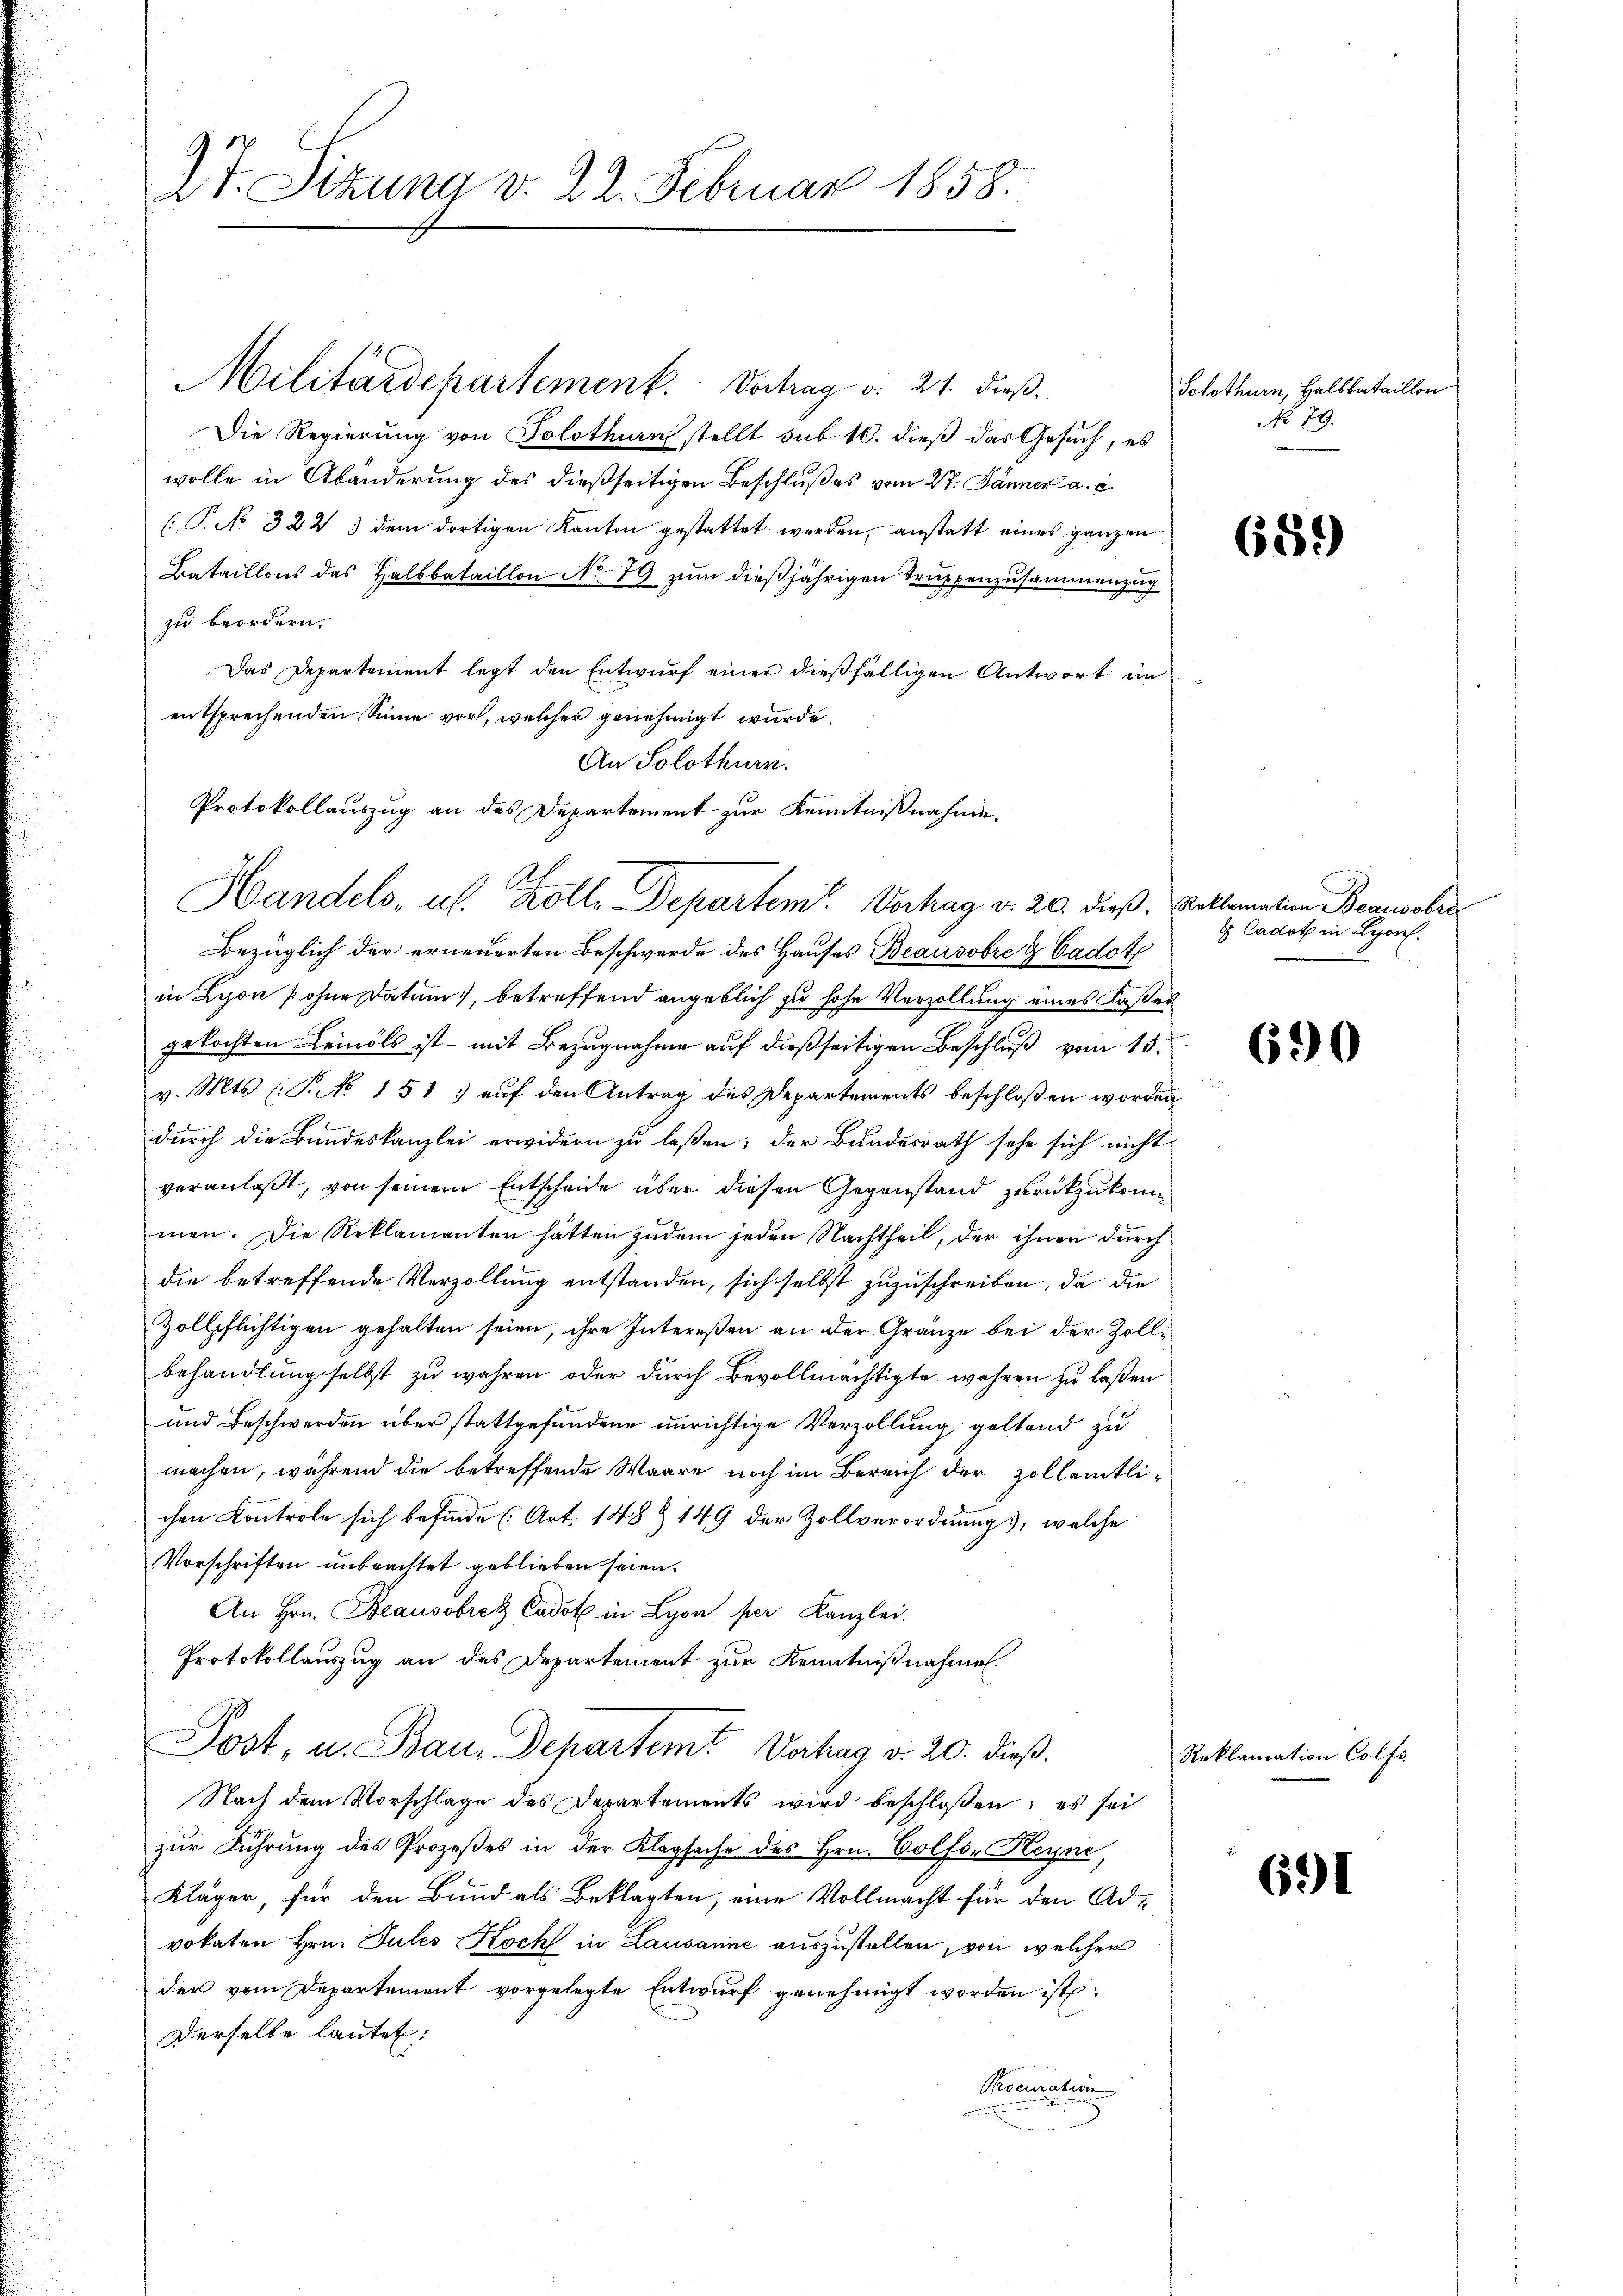
Zt. Sitzung d. 22. Februar 1858.

Militärdepartement. Vortrag v. 21. dieß
Die Regierung von Solothurn stellt sub 10. dieß das Gesuch, es
wolle in Abänderung des dießseitigen Beschlußes vom 27. Jänner a. c.
(P. No 322 3 dem dortigen Kanton gestattet werden, anstatt eines ganzen
Bataillons des Halbbataillon No 19 zum dießjährigen Truppenzusammenzug
zu beordern.
Das Departement legt den Entwurf einer dießfälligen Antwort im
entsprechenden Sinne vor, welcher genehmigt wurde.
Bezüglich der erneuerten Beschwerde des Hauses Beausstre & Cadot
in Lyon [ohne Datum, betreffend angeblich zu hohe Verzollung eines Kaser
gekochten Leinöls ist - mit Bezugnahme auf dießseitigen Beschluß vom 15.
v. Mts. (T. No 151) auf den Antrag des Departements beschloßen worde
durch die Bundeskanzlei erwidern zu laßen; der Bundesrath sehe sich nicht
veranlaßt, von seinem Entscheide über diesen Gegenstand zurückzukommen. Die Reklamanten hätten zudem jeden Nachtheil, der ihnen durch
die betreffende Verzollung entstanden, sich selbst zuzuschreiben, da die
Zollpflichtigen gehalten seien, ihre Intereßen an der Gränze bei der Zollbehandlung selbst zu wahren oder durch Bevollmächtigte wehren zu laßen
und Beschwerden über stattgefundene unrichtige Verzollung geltend zu
machen, während die betreffende Waare noch im Bereich der Zollamtlichen Kontrole sich befinde (Art. 148 Z 149 der Zollverordnung, welche
Vorschriften unbeachtet geblieben seien.
An Hrn. Beausobrez Cadet in Lyon per Kanzlei.
Protokollauszug an das Departement zur Kenntnißnahmen.
Post, u. Bau. Departemt Vortrag v. 20. dieß.
Nach dem Vorschlage des Departements wird beschloßen: es sei
zŭr Führung des Prozeßes in der Klagsache des Hrn. Colfo- Heyn
Kläger, für den Bund als Beklagten, eine Vollmacht für den Advokaten Hrn. Jules Koch in Lausanne auszustellen, von welcher
der vom Departement vorgelegte Entwurf genehmigt worden ist:
Derselbe lautet:
Proemation

An Solothurn.
Protokollauszug an des Departement zur Kenntnißnahme.
Handels, u. Kolle Departent. Vertrag v. 20. dieß

Solothurn, Halbbataillon
No 79.

c

659)

Reklamation Beausobre
 Cadoth in Lyon.

690

Reklamation Colfs

691